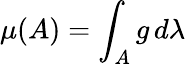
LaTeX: \mu(A)=\int_{A}g\, d\lambda